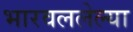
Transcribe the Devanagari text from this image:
भारवललेल्या